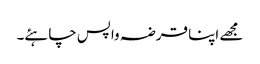
مجھے اپنا قرضہ واپس چاہئے۔